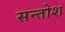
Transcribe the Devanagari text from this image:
सन्तोश